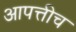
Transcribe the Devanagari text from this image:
आपत्तीच